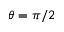
\theta = \pi / 2